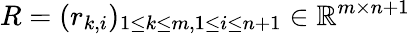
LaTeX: R=(r_{k,i})_{1\leq k\leq m,1\leq i\leq n+1}\in\mathbb{R}^{m\times n+1}